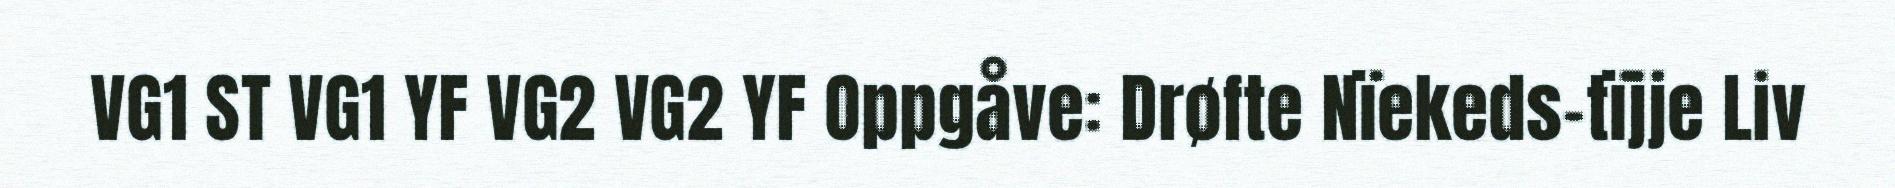
VG1 ST VG1 YF VG2 VG2 YF Oppgåve: Drøfte Nïekeds-tïjje Liv